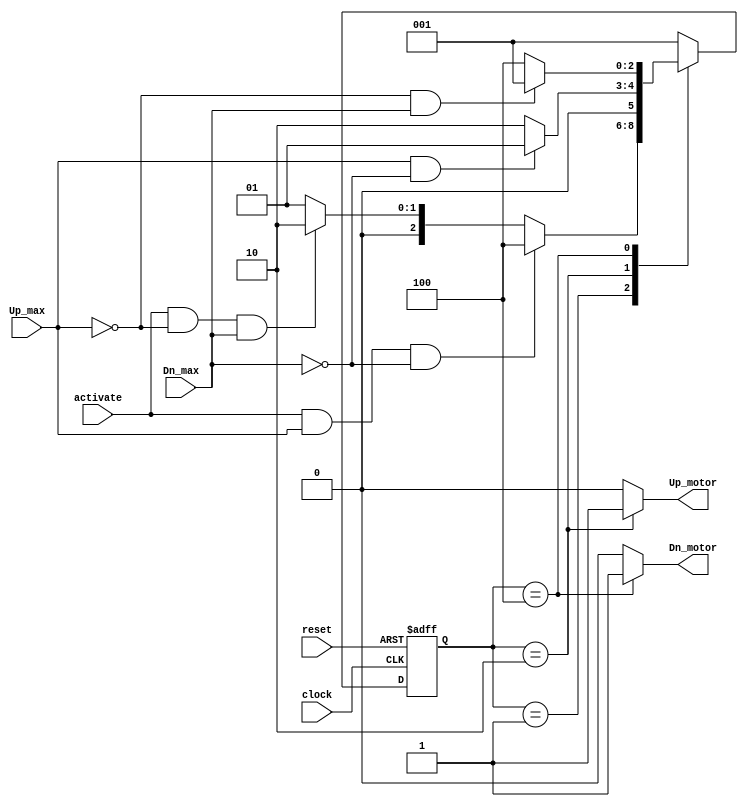
module Door_Controller(
  input wire activate,
  input wire Up_max,
  input wire Dn_max,
  input wire clock,
  input wire reset,
  output reg Up_motor,
  output reg Dn_motor
  );
  
  localparam  IDLE    = 3'b001,
              Move_Up = 3'b010,
              Move_Dn = 3'b100;
  
  reg [2:0] current_state, next_state;
  
  // Sequential always for state transition
  always @(posedge clock or negedge reset)
    begin
      if(!reset)
        begin
          current_state <= IDLE;
        end
      else
        begin
          current_state <= next_state;
        end
    end
    
    // Combinational always for the next state logic
    always @(*)
      begin
        // Initial value
        next_state = IDLE;
        case(current_state)
        IDLE: 
          begin
            if(activate && Up_max && !Dn_max) // If the door is completely opened
              begin
                next_state = Move_Dn;
              end
            else if(activate && !Up_max && Dn_max) // If the door is completely closed
              begin
                next_state = Move_Up;
              end
            else
              begin
                next_state = IDLE;
              end
          end
          
        Move_Up:
          begin
            if(Up_max && !Dn_max) // If the door is completely opened
              begin
                next_state = IDLE;
              end
            else // This means that both sensors read zero, which means the door is still opening
              begin
                next_state = Move_Up;
              end
          end
        
        Move_Dn:
          begin
            if(!Up_max && Dn_max) // If the door is completely closed
              begin
                next_state = IDLE;
              end
            else // This means that both sensors read zero, which means the door is still closing
              begin
                next_state = Move_Dn;
              end
          end
        
        endcase
      end
      
      // Combinational always for the output logic
      always @(*)
      begin
        // Initial values
        Up_motor = 1'b0;
        Dn_motor = 1'b0;
        case(current_state)
        IDLE:
          begin
            Up_motor = 1'b0;
            Dn_motor = 1'b0;
          end
          
        Move_Up:
          begin
            Up_motor = 1'b1;
            Dn_motor = 1'b0;
          end
          
        Move_Dn:
          begin
            Up_motor = 1'b0;
            Dn_motor = 1'b1;
          end
          
        default:
          begin
            Up_motor = 1'b0;
            Dn_motor = 1'b0;
          end
        endcase
      end
  
endmodule